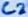
Text: C2